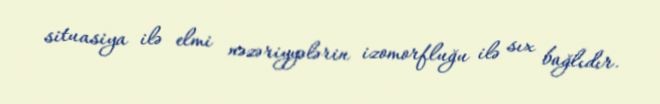
situasiya ilə elmi nəzəriyyələrin izomorfluğu ilə sıx bağlıdır.